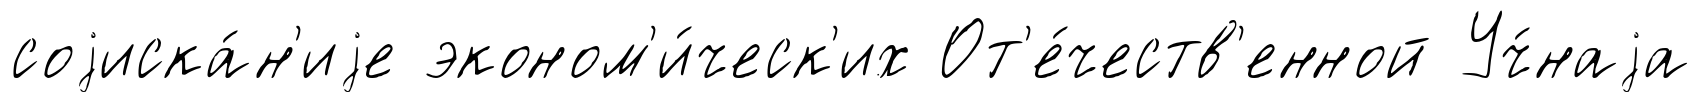
соjиска́н'иjе эконом'и́ческ'их От'е́честв'енной Уч́наjа